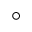
^ { \circ }